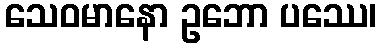
သေဝမာနော ဥဘော ပဿေ၊